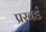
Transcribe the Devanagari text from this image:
प्रखडं